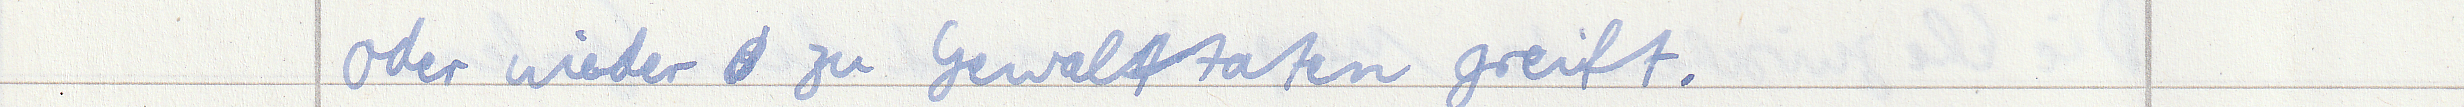
oder wieder zu Gewalttaten greift.